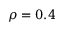
\rho = 0 . 4